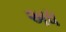
અધ